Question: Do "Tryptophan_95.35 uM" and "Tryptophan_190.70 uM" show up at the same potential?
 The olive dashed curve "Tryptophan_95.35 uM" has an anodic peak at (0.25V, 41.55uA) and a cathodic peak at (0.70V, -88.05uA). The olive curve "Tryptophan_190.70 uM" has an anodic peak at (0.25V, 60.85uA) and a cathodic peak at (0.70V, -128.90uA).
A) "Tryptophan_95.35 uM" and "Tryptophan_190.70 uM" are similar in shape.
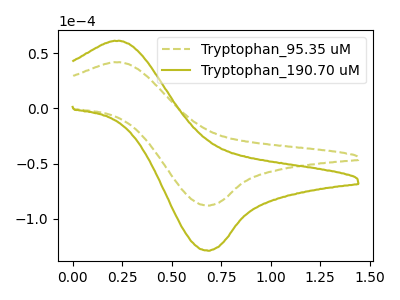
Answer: <think>All the peaks in "Tryptophan_95.35 uM" have a peak in "Tryptophan_190.70 uM" at the same potential. Every peak in "Tryptophan_95.35 uM" is lower than every peak in "Tryptophan_190.70 uM".
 </think>
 <answer>A) "Tryptophan_95.35 uM" and "Tryptophan_190.70 uM" are similar in shape.</answer>
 <eval>A</eval>